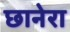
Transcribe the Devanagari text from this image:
छानेरा